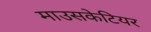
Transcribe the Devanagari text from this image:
माउसकेटियर